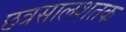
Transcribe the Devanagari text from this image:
छत्रसालशतक